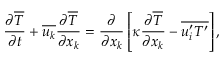
\frac { \partial { \overline { { T } } } } { \partial { t } } + \overline { { u _ { k } } } \frac { \partial { \overline { { T } } } } { \partial { x _ { k } } } = \frac { \partial } { \partial { x } _ { k } } \left[ \kappa \frac { \partial { \overline { { T } } } } { \partial { x } _ { k } } - \overline { { { u _ { i } ^ { \prime } } { T ^ { \prime } } } } \right] ,